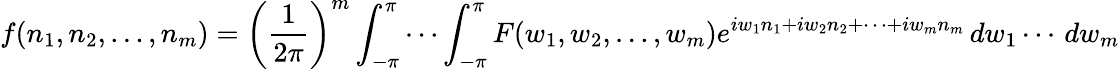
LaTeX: f(n_{1},n_{2},\dots,n_{m})=\left({\frac{1}{2\pi}}\right)^{m}\int_{-\pi}^{\pi}\cdots\int_{-\pi}^{\pi}F(w_{1},w_{2},\ldots,w_{m})e^{iw_{1}n_{1}+iw_{2}n_{2}+\cdots+iw_{m}n_{m}}\, dw_{1}\cdots\, dw_{m}